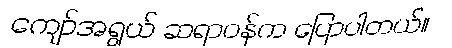
ကျော်အရွယ် ဆရာဝန်က ပြောပါတယ်။